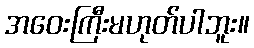
အဝေးကြီးမဟုတ်ပါဘူး။